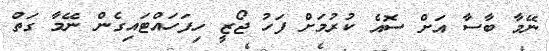
ނޭމާ ބާސާ އަށް ސޮއެ ކުރުމަށް ފަހު ޖޯޒީ ހިފަހައްޓައިގެން ނޭމާ ގަތް